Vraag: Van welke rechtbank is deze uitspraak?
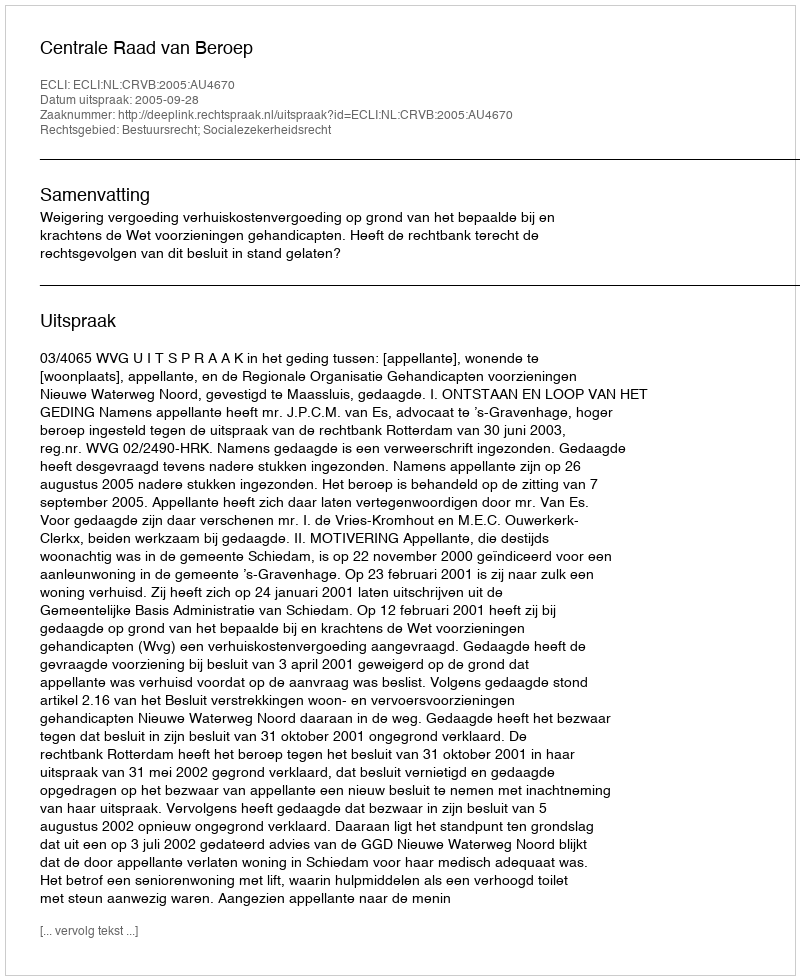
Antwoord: Centrale Raad van Beroep